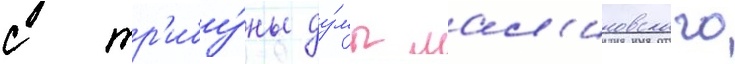
с тр'ибу́ны ду́мы мал'иновского